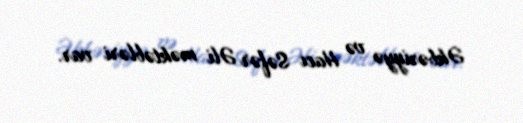
Əkbəriyyə və Hacı Səfər Əli məktəbləri var.